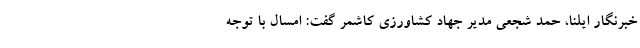
خبرنگار ایلنا، حمد شجعی مدیر جهاد کشاورزی کاشمر گفت: امسال با توجه